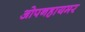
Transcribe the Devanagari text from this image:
ओपनहायमर